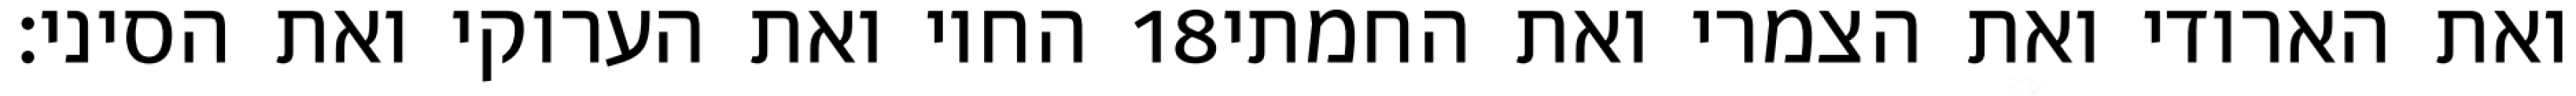
החוי ואת הערוקי ואת הסיני׃ ‎18‏ ואת הארודי ואת הצמרי ואת החמתי